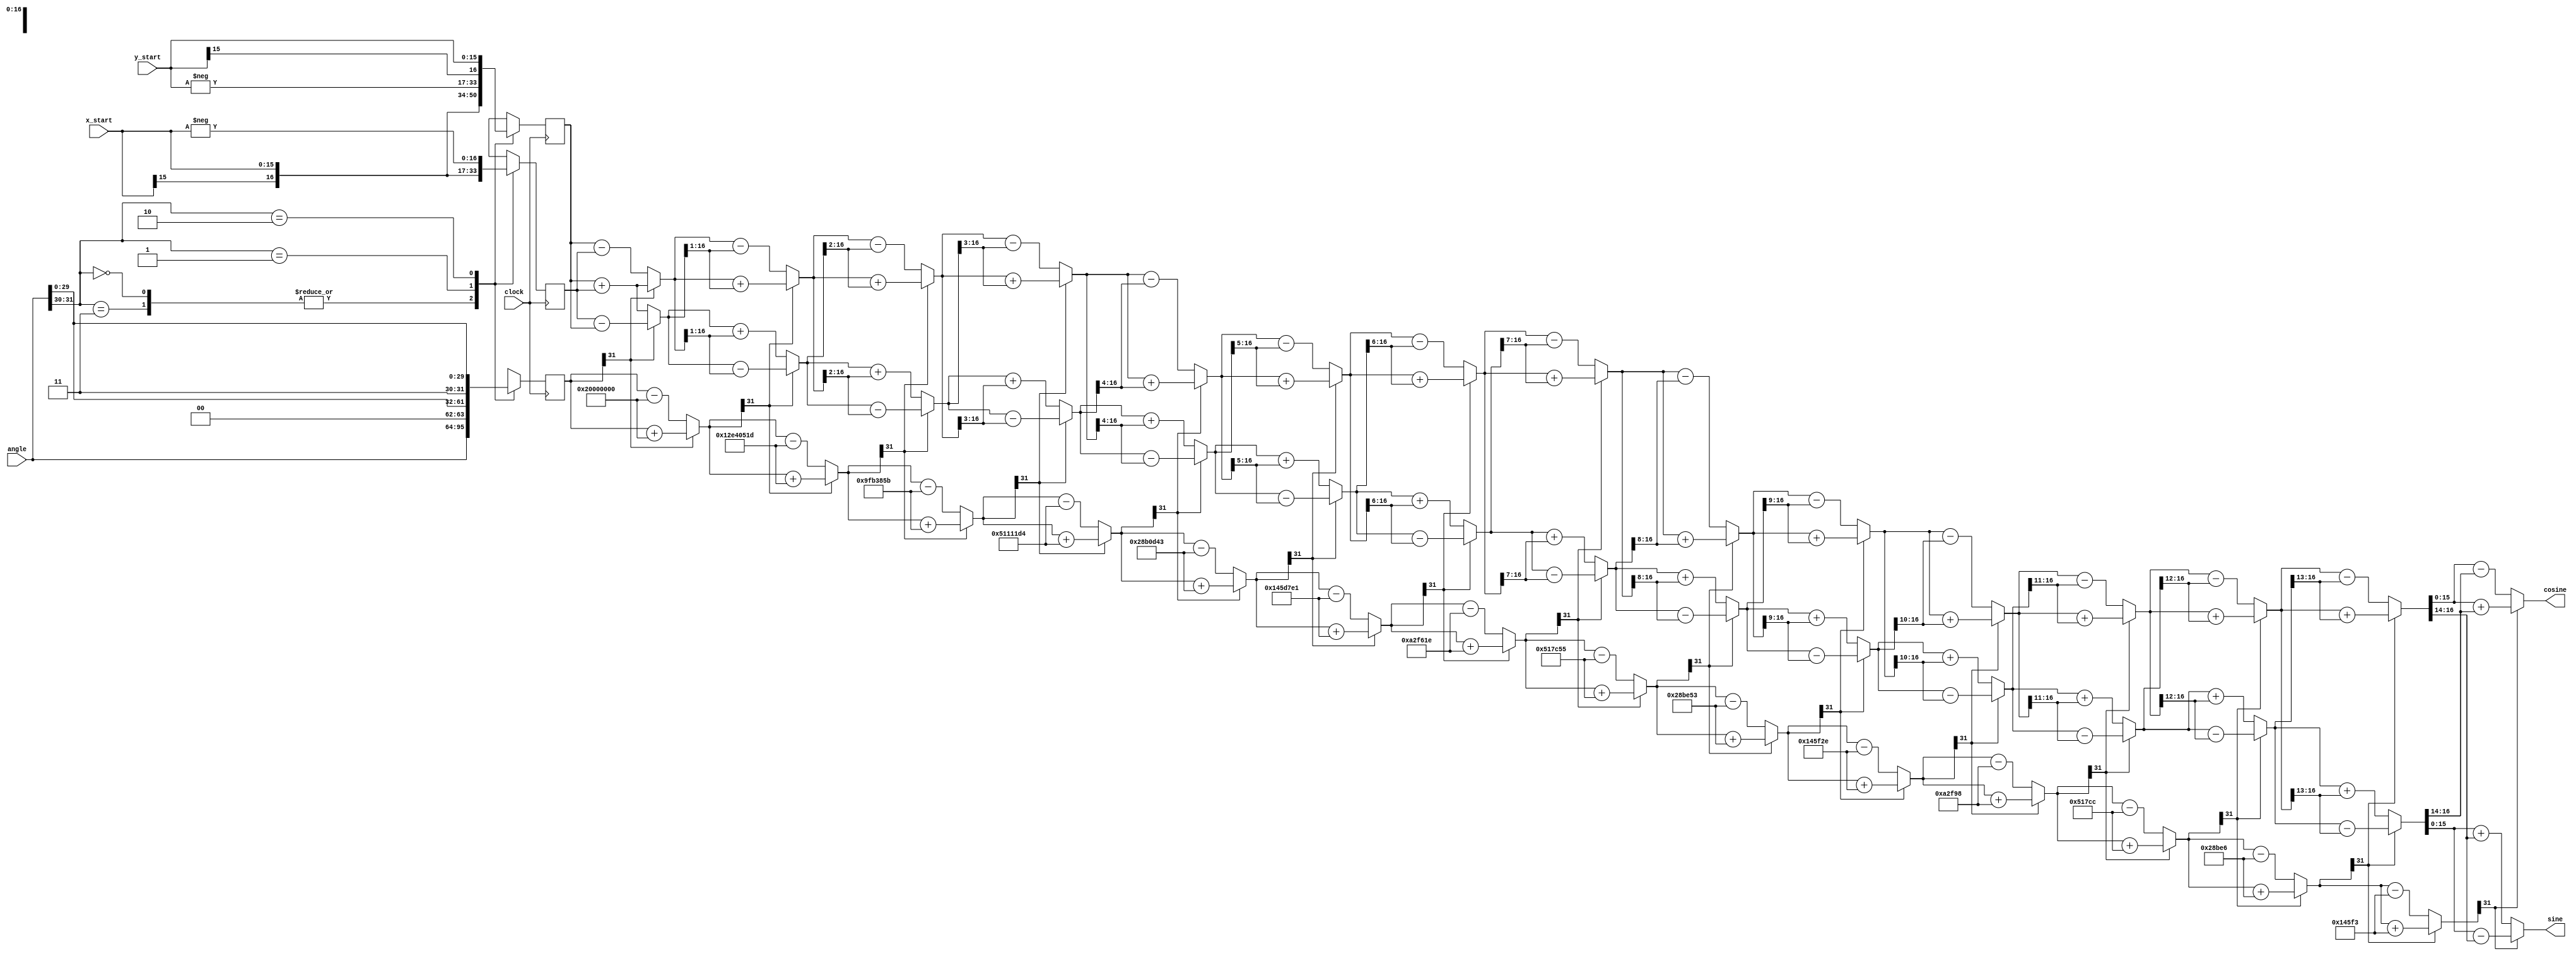
//CORDIC implementation for parallel algorithm for Final Project for VLSI1
//Saqib Khan, Gayathri Koya, Kaustubh Shinde. Source code by Claire Barnes

module parallel(clock, cosine, sine, x_start, y_start, angle);

  parameter width = 16;

// 00: 0to 90 1st quad
//11 : 0 to -90 4th quad
// 01: 90 to 180 2nd quad
// 10: -90 to -180 3rd quandrant

  // Inputs
  input clock;
  input signed [width-1:0] x_start,y_start; 
  input signed [31:0] angle;

  // Outputs
  output signed  [width-1:0] sine, cosine;

  // Generate table of atan values
  wire signed [31:0] atan_table [0:30];
                          
  assign atan_table[00] = 'b00100000000000000000000000000000; // 45.000 degrees -> atan(2^0)
  assign atan_table[01] = 'b00010010111001000000010100011101; // 26.565 degrees -> atan(2^-1)
  assign atan_table[02] = 'b00001001111110110011100001011011; // 14.036 degrees -> atan(2^-2)
  assign atan_table[03] = 'b00000101000100010001000111010100; // atan(2^-3)
  assign atan_table[04] = 'b00000010100010110000110101000011;
  assign atan_table[05] = 'b00000001010001011101011111100001;
  assign atan_table[06] = 'b00000000101000101111011000011110;
  assign atan_table[07] = 'b00000000010100010111110001010101;
  assign atan_table[08] = 'b00000000001010001011111001010011;
  assign atan_table[09] = 'b00000000000101000101111100101110;
  assign atan_table[10] = 'b00000000000010100010111110011000;
  assign atan_table[11] = 'b00000000000001010001011111001100;
  assign atan_table[12] = 'b00000000000000101000101111100110;
  assign atan_table[13] = 'b00000000000000010100010111110011;
  assign atan_table[14] = 'b00000000000000001010001011111001;
  assign atan_table[15] = 'b00000000000000000101000101111100;
  assign atan_table[16] = 'b00000000000000000010100010111110;
  assign atan_table[17] = 'b00000000000000000001010001011111;
  assign atan_table[18] = 'b00000000000000000000101000101111;
  assign atan_table[19] = 'b00000000000000000000010100010111;
  assign atan_table[20] = 'b00000000000000000000001010001011;
  assign atan_table[21] = 'b00000000000000000000000101000101;
  assign atan_table[22] = 'b00000000000000000000000010100010;
  assign atan_table[23] = 'b00000000000000000000000001010001;
  assign atan_table[24] = 'b00000000000000000000000000101000;
  assign atan_table[25] = 'b00000000000000000000000000010100;
  assign atan_table[26] = 'b00000000000000000000000000001010;
  assign atan_table[27] = 'b00000000000000000000000000000101;
  assign atan_table[28] = 'b00000000000000000000000000000010;
  assign atan_table[29] = 'b00000000000000000000000000000001;
  assign atan_table[30] = 'b00000000000000000000000000000000;

  reg signed [width:0] x [0:width-1];
  reg signed [width:0] y [0:width-1];
  reg signed    [31:0] z [0:width-1];


  // make sure rotation angle is in -pi/2 to pi/2 range
  wire [1:0] quadrant;
  assign quadrant = angle[31:30];

  always @(posedge clock)
  begin // make sure the rotation angle is in the -pi/2 to pi/2 range
    case(quadrant)
      2'b00,
      2'b11: // no changes needed for these quadrants
      begin
        x[0] <= x_start;
        y[0] <= y_start;
        z[0] <= angle;
      end

      2'b01:
      begin
        x[0] <= -y_start; // cos(90-theta)=sin(theta) hence the reversal
        y[0] <= x_start;
        z[0] <= {2'b00,angle[29:0]}; // subtract pi/2 for angle in this quadrant
      end

      2'b10:
      begin
        x[0] <= y_start;
        y[0] <= -x_start;
        z[0] <= {2'b11,angle[29:0]}; // add pi/2 to angles in this quadrant
      end
    endcase
  end


  // run through iterations
  genvar i;

  generate
  for (i=0; i < (width-1); i=i+1)
  begin: xyz
    wire z_sign;
    wire signed [width:0] x_shr, y_shr;

    assign x_shr = x[i] >>> i; // signed shift right
    assign y_shr = y[i] >>> i;

    //the sign of the current rotation angle
    assign z_sign = z[i][31];

    always @(*)
    begin
      // add/subtract shifted data
      x[i+1] <= z_sign ? x[i] + y_shr : x[i] - y_shr;
      y[i+1] <= z_sign ? y[i] - x_shr : y[i] + x_shr;
      z[i+1] <= z_sign ? z[i] + atan_table[i] : z[i] - atan_table[i];
    end
  end
  endgenerate

  // assign output
  assign cosine = x[width-1];
  assign sine = y[width-1];

endmodule